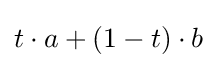
t\cdot a+(1-t)\cdot b